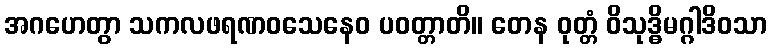
အဂဟေတွာ သကလဖရဏဝသေနေဝ ပဝတ္တာတိ။ တေန ဝုတ္တံ ဝိသုဒ္ဓိမဂ္ဂါဒိဝသာ